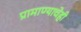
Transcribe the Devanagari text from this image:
प्रामाण्याचेही